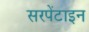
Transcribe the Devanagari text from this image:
सरपेंटाइन